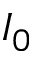
I _ { 0 }